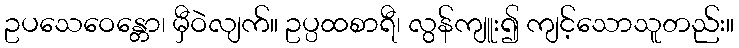
ဥပသေဝေန္တော၊ မှီဝဲလျက်။ ဥပ္ပထစာရီ၊ လွန်ကျူး၍ ကျင့်သောသူတည်း။